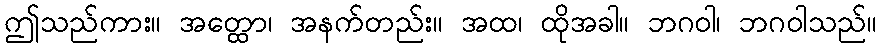
ဤသည်ကား။ အတ္ထော၊ အနက်တည်း။ အထ၊ ထိုအခါ။ ဘဂဝါ၊ ဘဂဝါသည်။